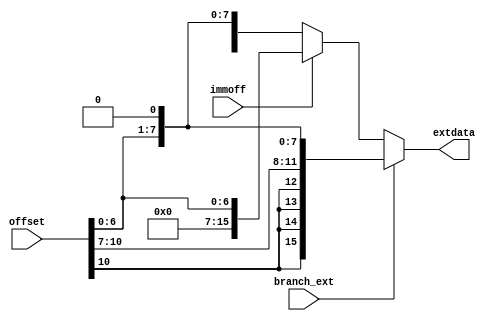
module signext(
	input		immoff,
	input		branch_ext,
	input	[10:0]	offset,
	output	[15:0]	extdata
);

assign	extdata = branch_ext? {{4{offset[10]}},offset,1'b0} :(immoff ? {{9{1'd0}},offset[6:0]} : {{8{offset[6]}},offset[6:0],1'b0});

endmodule